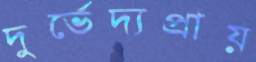
দুর্ভেদ্যপ্রায়